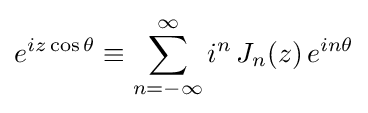
e^{iz\cos \theta }\equiv \sum _{n=-\infty }^{\infty }i^{n}\,J_{n}(z)\,e^{in\theta }